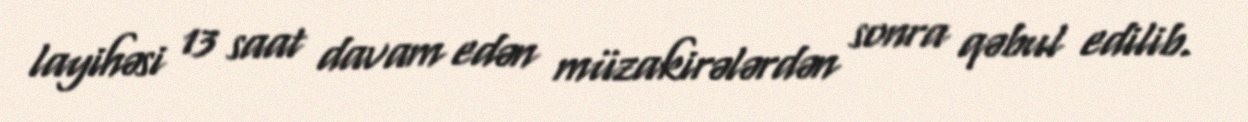
layihəsi 13 saat davam edən müzakirələrdən sonra qəbul edilib.